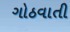
ગોઠવાતી